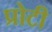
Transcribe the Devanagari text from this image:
प्रोटी